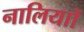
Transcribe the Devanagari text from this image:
नालियाों